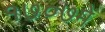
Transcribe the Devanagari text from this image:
१७०७में